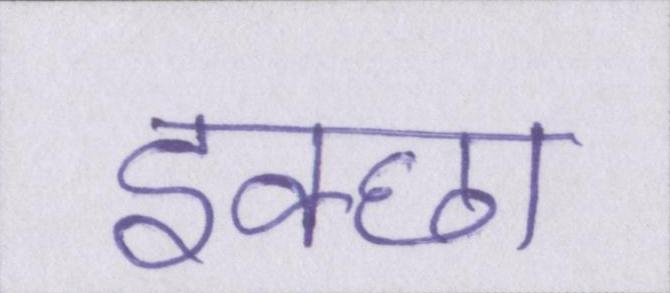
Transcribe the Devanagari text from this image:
इक्छा